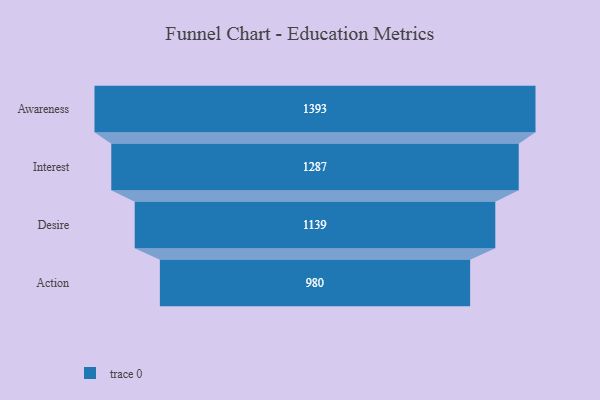
{"axis": {"x": "Stage", "y": "Value"}, "legend": [""], "data": [{"x": "Awareness", "y": 1393.0, "type": ""}, {"x": "Interest", "y": 1287.0, "type": ""}, {"x": "Desire", "y": 1139.0, "type": ""}, {"x": "Action", "y": 980.0, "type": ""}]}